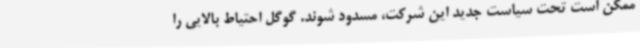
ممکن است تحت سیاست جدید این شرکت، مسدود شوند. گوگل احتیاط بالایی را